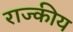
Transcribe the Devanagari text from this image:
राज्कीय